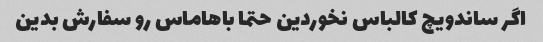
اگر ساندویچ کالباس نخوردین حتما باهاماس رو سفارش بدین